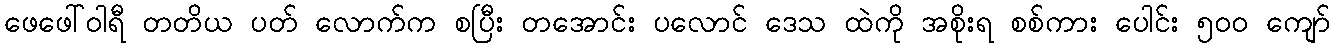
ဖေဖေါ်ဝါရီ တတိယ ပတ် လောက်က စပြီး တအောင်း ပလောင် ဒေသ ထဲကို အစိုးရ စစ်ကား ပေါင်း ၅၀၀ ကျော်